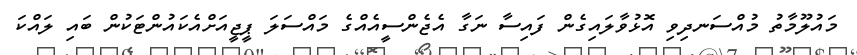
މައުލޫމާތު މުއްސަނދިވި އޮޅުވާލައިގެން ފައިސާ ނަގާ އެޖެންސީއެއްގެ މައްސަލަ ޕީޖީއަށްއެކައުންޓަކުން ބައި ލައްކަ